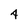
Character: 4